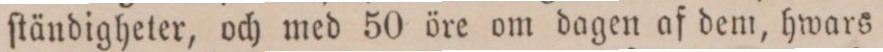
ſtändigheter, och med 50 öre om dagen af dem, hwars